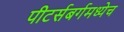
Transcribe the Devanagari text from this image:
पीटर्सबर्गमध्येच